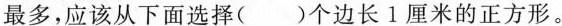
最多，应该从下面选择( )个边长1厘米的正方形。